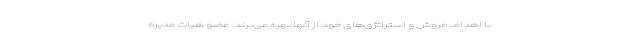
با اهداف فروش و استراتژی‌های خود از آنها بهره می‌برند. عضو هیات مدیره